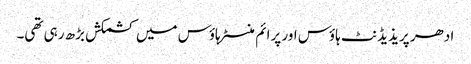
ادھر پریذیڈنٹ ہاؤس اور پرائم منسٹر ہاؤس میں کشمکش بڑھ رہی تھی۔